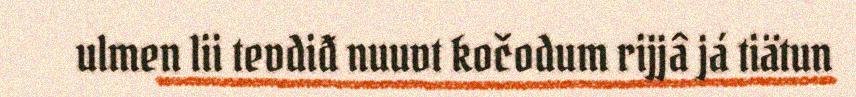
ulmen lii tevdiđ nuuvt kočodum rijjâ já tiätun